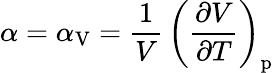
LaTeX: \alpha=\alpha_{\mathrm{V}}={\frac{1}{V}}\, \left({\frac{\partial V}{\partial T}}\right)_{\mathrm{p}}